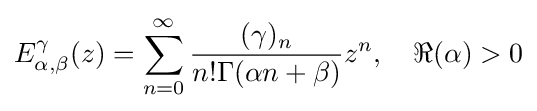
E_{\alpha ,\beta }^{\gamma }(z)=\sum _{n=0}^{\infty }{\dfrac {(\gamma )_{n}}{n!\Gamma (\alpha n+\beta )}}z^{n},\quad \Re (\alpha )>0